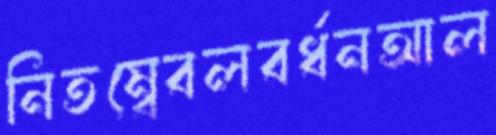
নিতম্বেবলবর্ধনআল